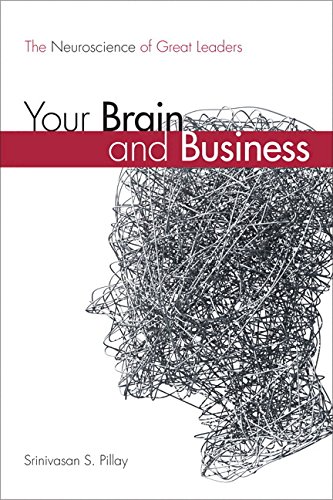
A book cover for Your Brain and Business: The Neuroscience of Great Leaders (paperback); Srinivasan S. Pillay M.D.; Business & Money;